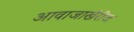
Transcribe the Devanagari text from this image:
आवाजाखेरीज